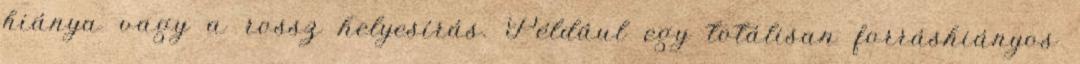
hiánya vagy a rossz helyesírás. Például egy totálisan forráshiányos